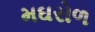
મઘરોળ